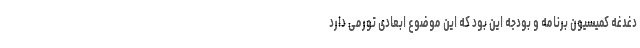
دغدغه کمیسیون برنامه و بودجه این بود که این موضوع ابعادی تورمی دارد